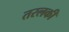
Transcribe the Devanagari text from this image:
तरलकी